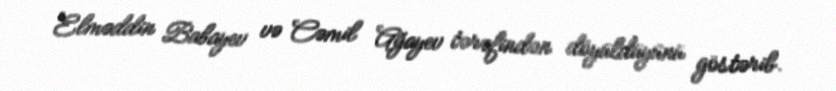
Elməddin Babayev və Cəmil Ağayev tərəfindən döyüldüyünü göstərib.